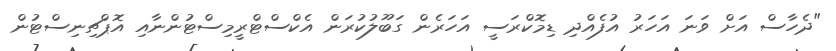
"ދެހާސް އަށް ވަނަ އަހަރު އުފެެއްދި ޑިމޮކްރަސީ އަހަރެން ގަބޫލުކުރަން އެކްސްޓްރީމިސްޓުންނާއި އޮޮޕްޗިނިސްޓުން